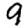
Digit: 9